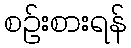
စဉ်းစားရန်